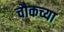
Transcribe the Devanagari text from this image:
चौकच्या